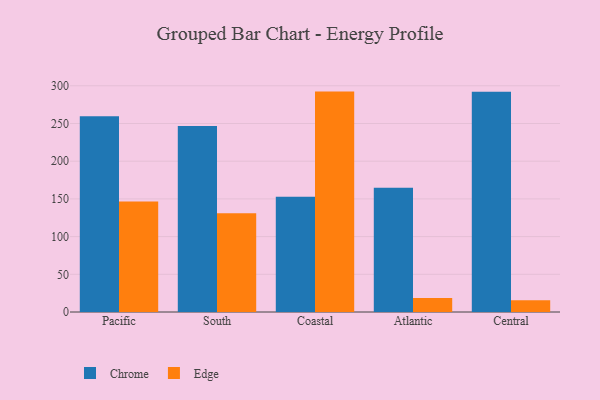
{"axis": {"x": "Region", "y": "Temperature (°C)"}, "legend": ["Chrome", "Edge"], "data": [{"x": "Pacific", "y": 259.5, "type": "Chrome"}, {"x": "Pacific", "y": 146.4, "type": "Edge"}, {"x": "South", "y": 246.8, "type": "Chrome"}, {"x": "South", "y": 130.8, "type": "Edge"}, {"x": "Coastal", "y": 153.0, "type": "Chrome"}, {"x": "Coastal", "y": 292.3, "type": "Edge"}, {"x": "Atlantic", "y": 164.9, "type": "Chrome"}, {"x": "Atlantic", "y": 18.5, "type": "Edge"}, {"x": "Central", "y": 292.0, "type": "Chrome"}, {"x": "Central", "y": 15.6, "type": "Edge"}]}